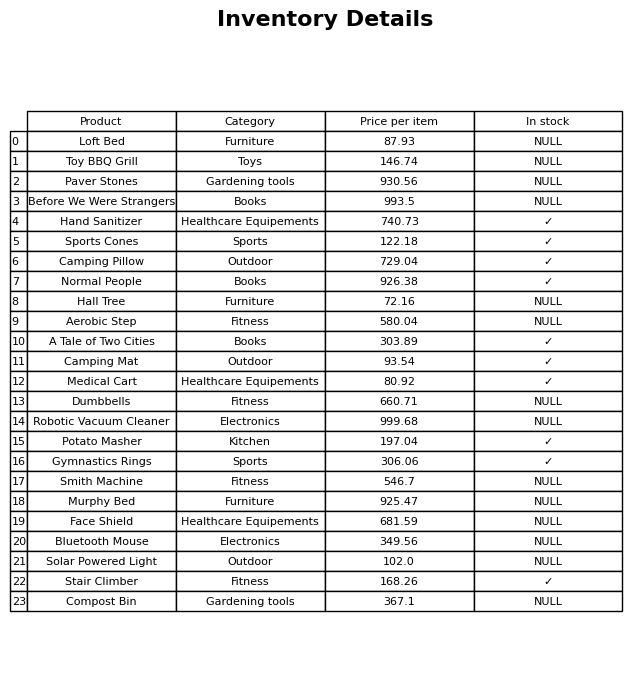
question: What is the price of the Hand Sanitizer?
answer: The price of Hand Sanitizer is 740.73.